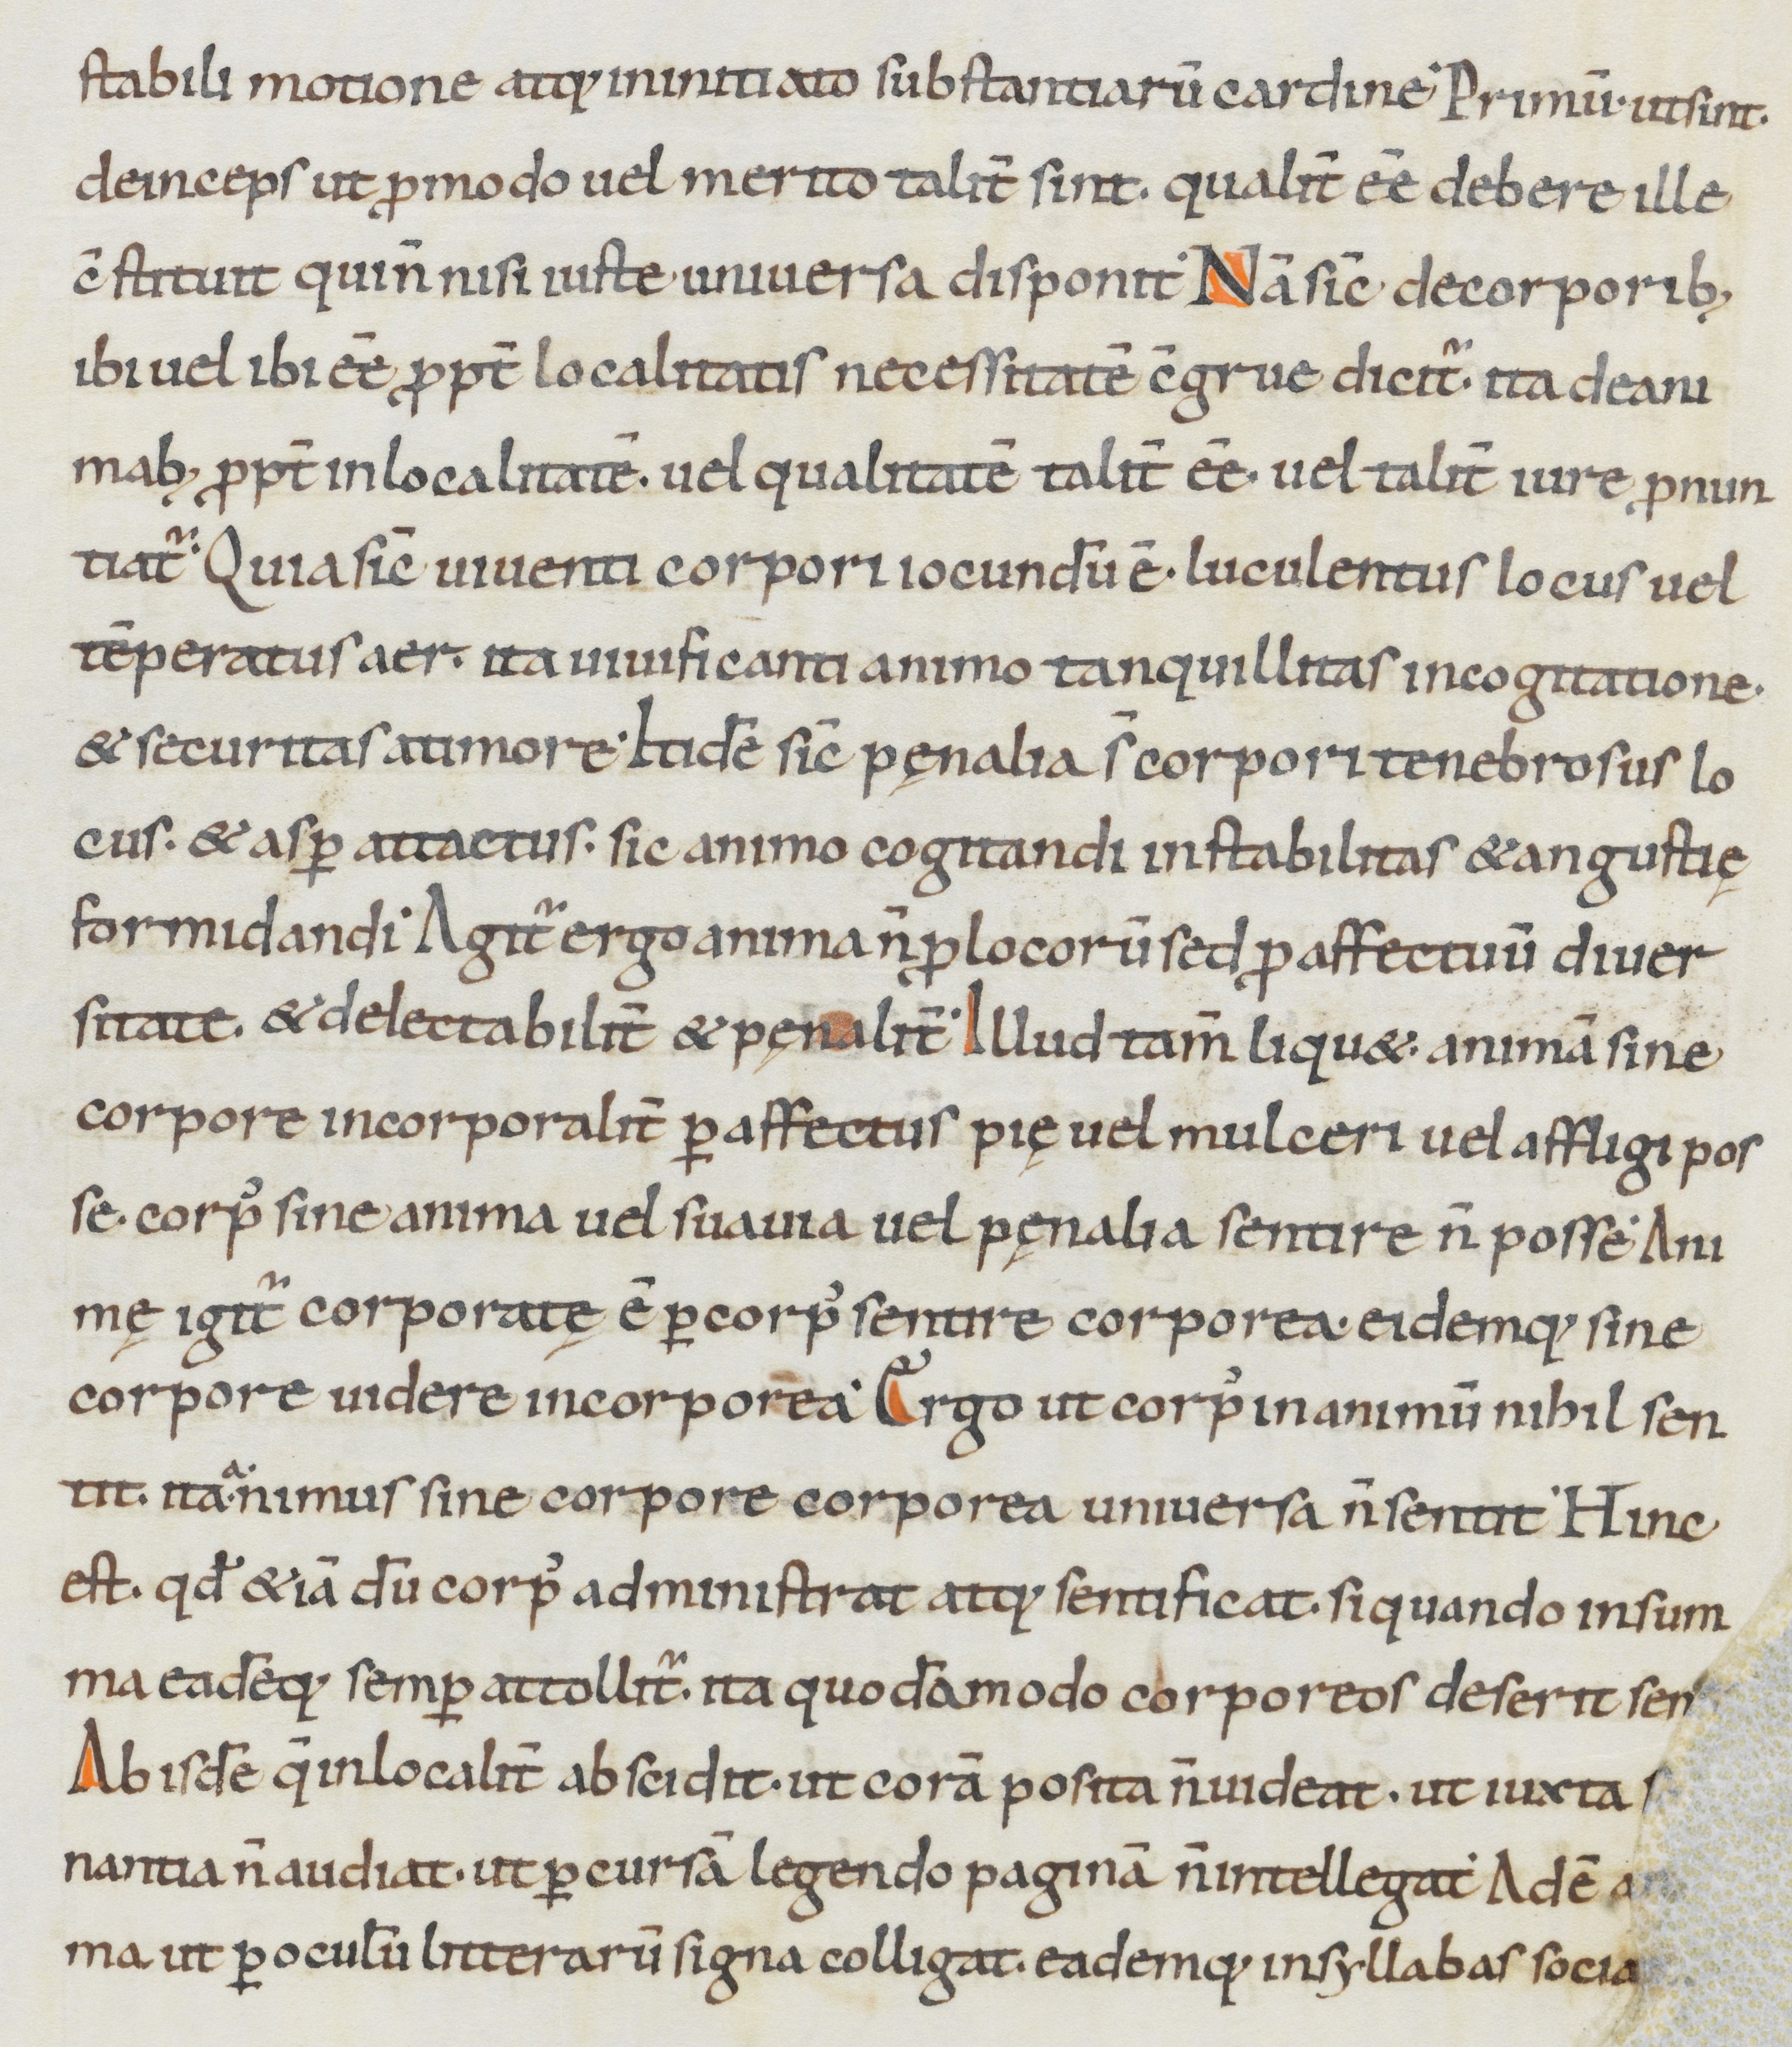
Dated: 900–999